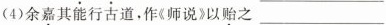
(4)余嘉其能行古道，作《师说》以贻之 ___